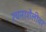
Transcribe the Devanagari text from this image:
रचनाशैलीवर